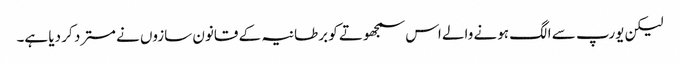
لیکن یورپ سے الگ ہونے والے اس سمجھوتے کو برطانیہ کے قانون سازوں نے مسترد کر دیا ہے۔